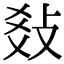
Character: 𢼬